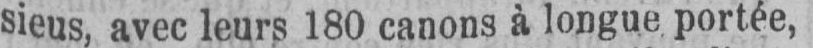
sieus, avec leurs 180 canons à longue portée,